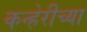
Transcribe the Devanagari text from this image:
कन्हेरीच्या